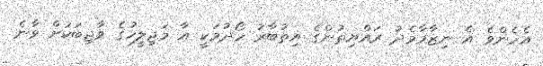
އެހެންވެ އެ ނިޒާމާމެދު ރައްޔިތުންގެ އިތުބާރު ހޯދުމަކީ އާ މަޖިލީހުގެ ވާޖިބަކަށް ވާނެ